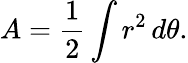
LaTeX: A={\frac{1}{2}}\int r^{2}\, d\theta.